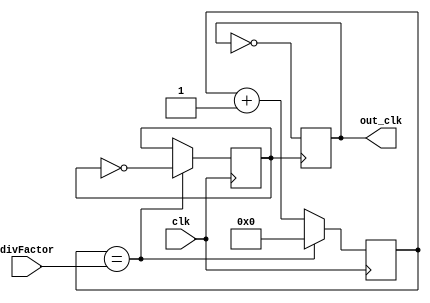
module DualModulusClockDivider (
    input wire clk,           // Input clock signal
    input wire [7:0] divFactor,  // Programmable division factor
    output reg out_clk        // Output clock signal
);

reg [7:0] count;
reg flip_flop;
wire sync_clk;

always @(posedge clk) begin
    if (count == divFactor) begin
        count <= 0;
        flip_flop <= !flip_flop;
    end else begin
        count <= count + 1;
    end
end

assign sync_clk = flip_flop;

always @(posedge sync_clk) begin
    out_clk <= ~out_clk;
end

endmodule